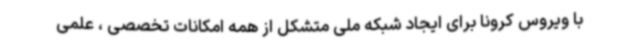
با ویروس کرونا برای ایجاد شبکه ملی متشکل از همه امکانات تخصصی ، علمی